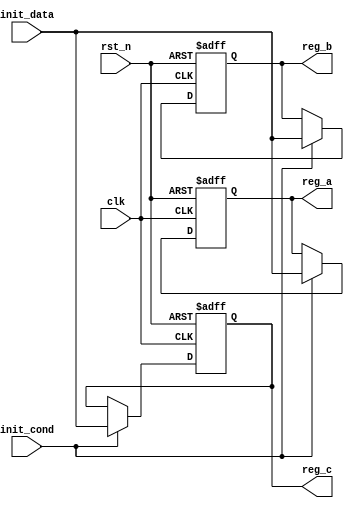
module ConditionalInitialization (
    input wire clk,            // Clock signal
    input wire rst_n,         // Active-low reset signal
    input wire init_cond,     // Condition signal to trigger initialization
    input wire [7:0] init_data,// Data input for initialization
    output reg [7:0] reg_a,   // Initialized register A
    output reg [7:0] reg_b,   // Initialized register B
    output reg [7:0] reg_c    // Initialized register C
);

    // Initial default values (can be changed as needed)
    initial begin
        reg_a = 8'h00;
        reg_b = 8'h00;
        reg_c = 8'h00;
    end

    // Process block for conditional initialization
    always @(posedge clk or negedge rst_n) begin
        if (!rst_n) begin
            // Asynchronous reset
            reg_a <= 8'h00;
            reg_b <= 8'h00;
            reg_c <= 8'h00;
        end else if (init_cond) begin
            // Conditional initialization based on init_cond
            // Assign the initial values from init_data or defaults
            reg_a <= init_data; // Example logic for initializing reg_a
            reg_b <= init_data; // Example logic for initializing reg_b
            reg_c <= init_data; // Example logic for initializing reg_c
        end
        // If init_cond is not met, retain current values
    end

endmodule